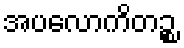
အပလောကိတဉ္စ